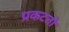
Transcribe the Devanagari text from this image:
प्रकटतो